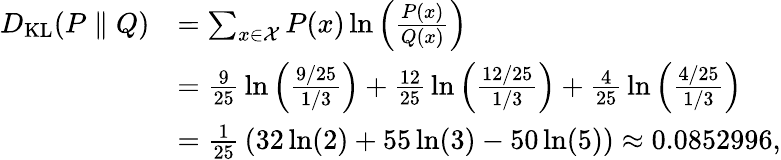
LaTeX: {\begin{array}{rl}{D_{\mathrm{KL}}(P\parallel Q)}&{=\sum_{x\in{\mathcal{X}}}P(x)\ln\left({\frac{P(x)}{Q(x)}}\right)}\\ &{={\frac{9}{25}}\ln\left({\frac{9/25}{1/3}}\right)+{\frac{12}{25}}\ln\left({\frac{12/25}{1/3}}\right)+{\frac{4}{25}}\ln\left({\frac{4/25}{1/3}}\right)}\\ &{={\frac{1}{25}}\left(32\ln(2)+55\ln(3)-50\ln(5)\right)\approx 0.0852996,}\end{array}}